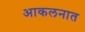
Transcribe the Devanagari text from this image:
आकलनात